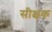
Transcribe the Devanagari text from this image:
सीक्षक